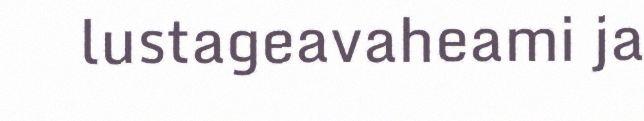
lustageavaheami ja